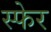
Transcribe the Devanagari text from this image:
स्फेर